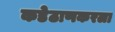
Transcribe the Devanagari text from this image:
कडेठाणकरला